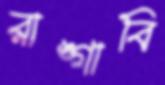
রাঙ্গাবি